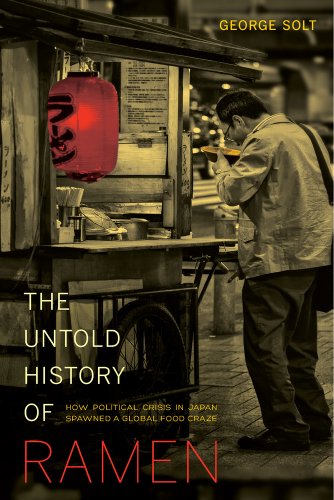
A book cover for The Untold History of Ramen: How Political Crisis in Japan Spawned a Global Food Craze (California Studies in Food and Culture); George Solt; Cookbooks, Food & Wine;